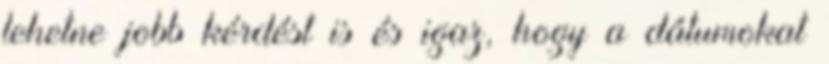
lehetne jobb kérdést is és igaz, hogy a dátumokat